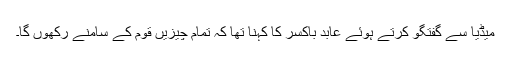
میڈیا سے گفتگو کرتے ہوئے عابد باکسر کا کہنا تھا کہ تمام چیزیں قوم کے سامنے رکھوں گا۔